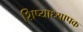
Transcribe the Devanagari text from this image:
शिष्याध्यापक